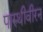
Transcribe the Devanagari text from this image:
पारुथीवीरन